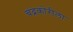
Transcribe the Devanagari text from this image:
चंद्रकोरीला